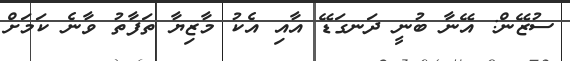
ސުޒޭން: އޭނާ ބުނީ ދަނގަޑޭ އާއި އެކު މާޒިޔާ ތަފާތު ވާނެ ކަމަށް